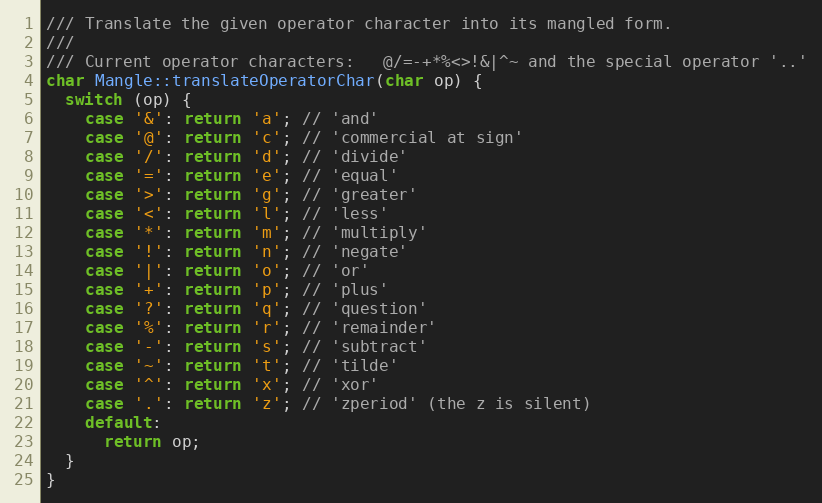
Language: C++
/// Translate the given operator character into its mangled form.
///
/// Current operator characters:   @/=-+*%<>!&|^~ and the special operator '..'
char Mangle::translateOperatorChar(char op) {
  switch (op) {
    case '&': return 'a'; // 'and'
    case '@': return 'c'; // 'commercial at sign'
    case '/': return 'd'; // 'divide'
    case '=': return 'e'; // 'equal'
    case '>': return 'g'; // 'greater'
    case '<': return 'l'; // 'less'
    case '*': return 'm'; // 'multiply'
    case '!': return 'n'; // 'negate'
    case '|': return 'o'; // 'or'
    case '+': return 'p'; // 'plus'
    case '?': return 'q'; // 'question'
    case '%': return 'r'; // 'remainder'
    case '-': return 's'; // 'subtract'
    case '~': return 't'; // 'tilde'
    case '^': return 'x'; // 'xor'
    case '.': return 'z'; // 'zperiod' (the z is silent)
    default:
      return op;
  }
}